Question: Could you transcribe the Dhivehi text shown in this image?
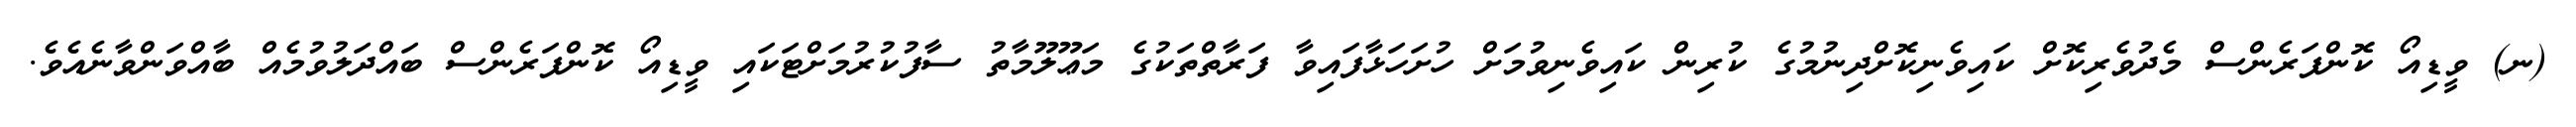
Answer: (ނ) ވީޑިއޯ ކޮންފަރެންސް މެދުވެރިކޮށް ކައިވެނިކޮށްދިނުމުގެ ކުރިން ކައިވެނިވުމަށް ހުށަހަޅާފައިވާ ފަރާތްތަކުގެ މަޢޫލޫމާތު ސާފުކުރުމަށްޓަކައި ވީޑިއޯ ކޮންފަރެންސް ބައްދަލުވުމެއް ބާއްވަންވާނެއެވެ.